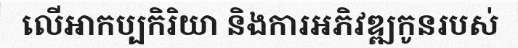
លើអាកប្បកិរិយា និងការអភិវឌ្ឍកូនរបស់